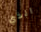
الذي